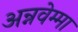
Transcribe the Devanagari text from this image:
अन्नवेम्मा